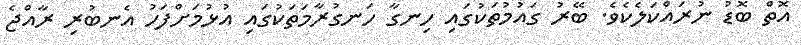
އޮތް ބޮޑު ނުރައްކަލެކެވެ. ބޭރު ގައުމުތަކުގައި ހިނގާ ހަނގުރާމަތަކުގައި އުޅުމަށްފަހު އެނބުރި ރާއްޖެ